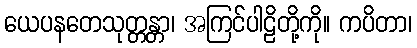
ယေပနတေသုတ္တန္တာ၊ အကြင်ပါဠိတို့ကို။ ကပိတာ၊